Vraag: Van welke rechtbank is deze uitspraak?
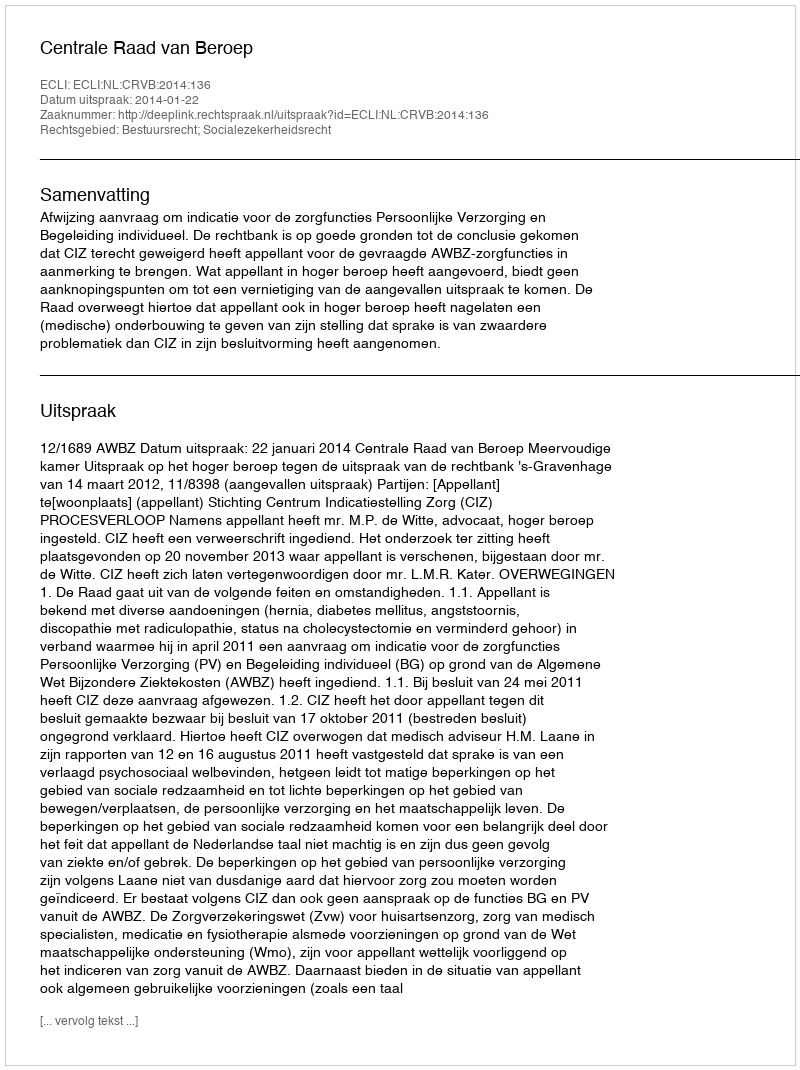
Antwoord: Centrale Raad van Beroep